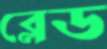
ব্লেড